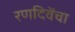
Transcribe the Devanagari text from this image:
रणदिवेंचा